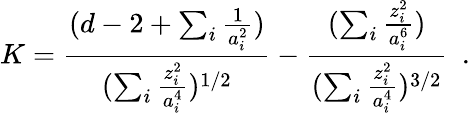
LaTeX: K={\frac{(d-2+\sum_{i}{\frac{1}{a_{i}^{2}}})}{(\sum_{i}{\frac{z_{i}^{2}}{a_{i}^{4}}})^{1/2}}}-{\frac{(\sum_{i}{\frac{z_{i}^{2}}{a_{i}^{6}}})}{(\sum_{i}{\frac{z_{i}^{2}}{a_{i}^{4}}})^{3/2}}}~~.